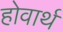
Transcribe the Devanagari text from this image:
होवार्थ